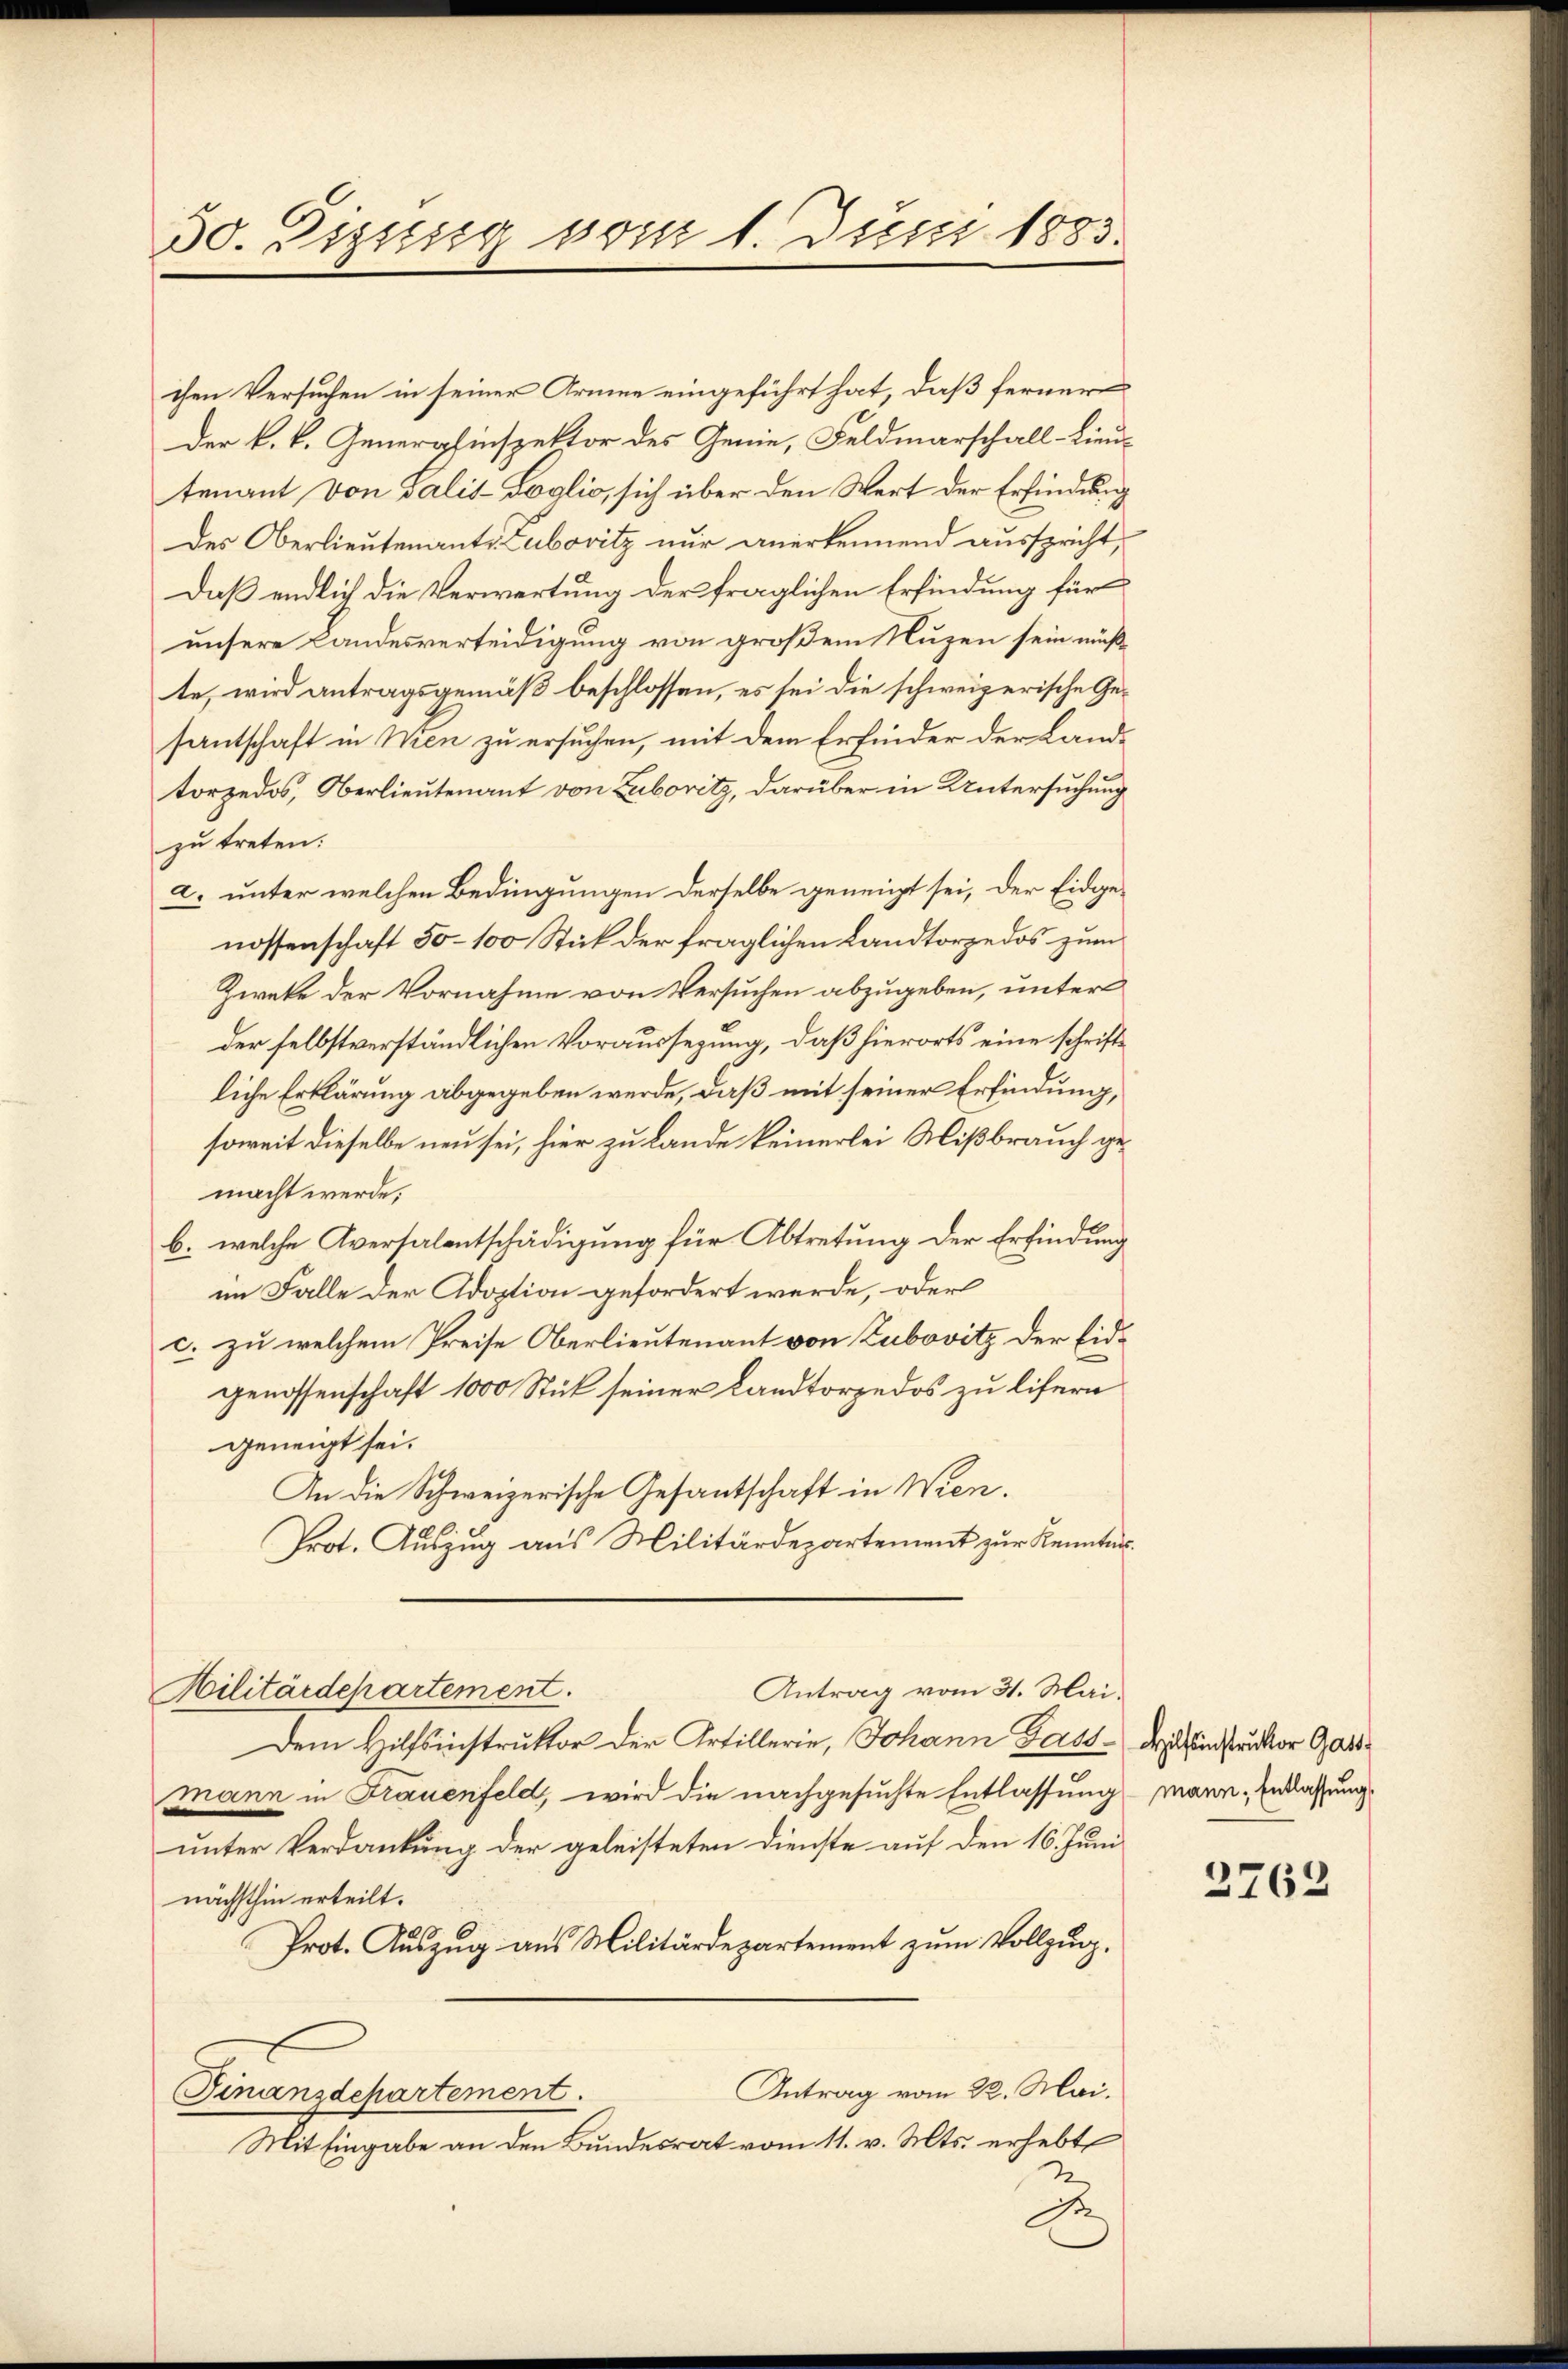
30. Dissig vom 1. Juni 1883.

chen Versuchen in seiner Armee eingeführt hat, daß fernere
Der k. k. Generghinspektor des Genie, Feldmarschall-Lieu-
tenant von Salis-Soglio, sich über den Wert der Erfindung
des Oberlieutenants Lubovitz nur anerkennend ausspricht,
Daß endlich die Verwartung der fraglichen Erfindung für
unsere Landesverteidigung von großem Nuzen sein müßte, wird antragsgemäß beschlossen, es sei die schweizerische Gesantschaft in Wien zu ersuchen, mit dem Erfinder der Landtorzedos, Oberlieutenant von Zubovitz, darüber in Untersuchung
zu treten.
a. unter welchen Bedingungen derselbe geneigt sei, der Eidgenossenschaft 50–100 Stick der fraglichen Landtorzedos zum
Zweke der Vornahme von Versuchen abzugeben, unter
der selbstverständlichen Voraussezung, daß hierorts eine schriftliche Erklärung abgegeben werde, daß mit seiner Erfindung,
soweit dieselbe neu sei, hier zu Lande keinerlei Mißbrauch gemacht werde;
b. welche Aversalentschädigung für Abtretung der Erfindung
im Falle der Adoption gefordert werde, oder
c. zu welchem Preise Oberlieutenant von Zubovitz der Eidgenossenschaft 1000 Stück seiner Landtorpedos zu lifern
geneigt sei.
An die Schweizerische Gesantschaft in Wien.
Prot. Auszug aus Militärdepartement zur Kennter¬
Militärdepartement.
Antrag vom 31. Mai.
Dem Hilfsinstruktor der Artillerie, Johann Gast-Dienstrunker Gastmann in Frauenfeld, wird die nachgesuchte Entlassung mann. Entlassung
unter Verdankung der geleisteten Dienste auf den 16. Juni
nächsthin erteilt.
Prot. Auszug aus Militärdepartement zum Vollzug.
Antrag vom 22. Mai.
Finanzdepartement.
Mit Eingabe an den Bundesrat vom 11. v. Mts. erhebt
2
d

2762